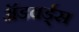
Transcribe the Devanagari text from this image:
ॲडवर्ड्स